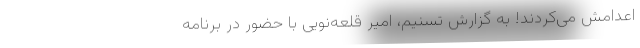
اعدامش می‌کردند! به گزارش تسنیم، امیر قلعه‌نویی با حضور در برنامه